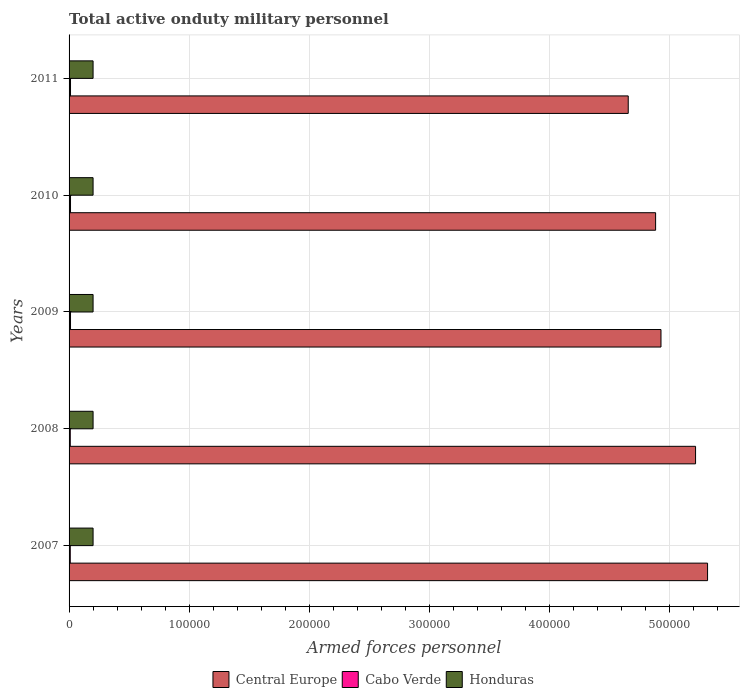
| Years | Central Europe | Cabo Verde | Honduras |
 | --- | --- | --- | --- |
 | 2007 | 5.32e+05 | 1e+03 | 2e+04 |
 | 2008 | 5.22e+05 | 1e+03 | 2e+04 |
 | 2009 | 4.93e+05 | 1.2e+03 | 2e+04 |
 | 2010 | 4.89e+05 | 1.2e+03 | 2e+04 |
 | 2011 | 4.66e+05 | 1.2e+03 | 2e+04 |